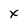
Character: x